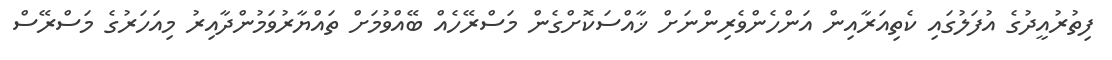
ފިތުރުއީދުގެ އުފަލުގައި ކެތިއަރާއިން އަންހެންވެރިންނަށް ޚާއްސަކޮށްގެން މަސްރޭހެއް ބޭއްވުމަށް ތައްޔާރުވަމުންދާއިރު މިއަހަރުގެ މަސްރޭސް